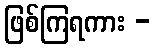
ဖြစ်ကြရကား -